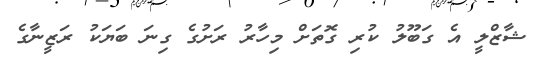
ޝާޒްލީ އެ ގަބޫލު ކުރި ގޮތަށް މިހާރު ރަށުގެ ގިނަ ބަޔަކު ރަޒީނާގެ